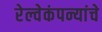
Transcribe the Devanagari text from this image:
रेल्वेकंपन्यांचे